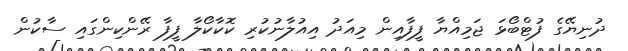
ދުނިޔޭގެ ފުޓްބޯޅަ ޖަމިއްޔާ ފީފާއިން މިއަދު އިއުލާނުކުރި ކޮކާކޯލާ ފީފާ ރޭންކިންގައި ސާކުން